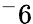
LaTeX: ^-6